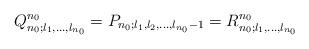
LaTeX: \begin{align*}Q^{n_0}_{n_0;l_1,\ldots,l_{n_0}}=P_{n_0;l_1,l_2,\ldots,l_{n_0}-1}=R^{n_0}_{n_0;l_1,\ldots,l_{n_0}}\end{align*}